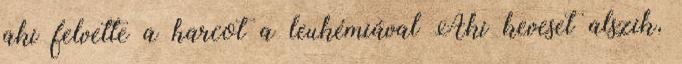
aki felvette a harcot a leukémiával Aki keveset alszik,